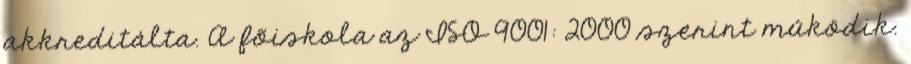
akkreditálta. A fõiskola az ISO 9001: 2000 szerint mûködik.